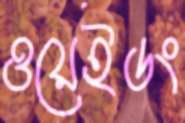
ওয়েইডং